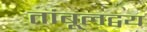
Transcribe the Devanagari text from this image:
तांबूलद्वय